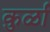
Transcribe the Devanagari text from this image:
कुर्ळा